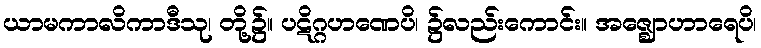
ယာမကာလိကာဒီသု၊ တို့၌။ ပဋိဂ္ဂဟဏေပိ၊ ၌လည်းကောင်း။ အဇ္ဈောဟာရေပိ၊